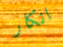
انكار